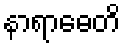
နာရာဓေတိ